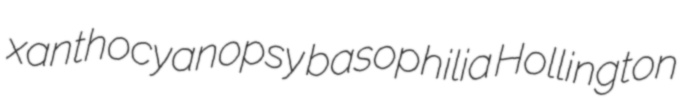
xanthocyanopsy basophilia Hollington